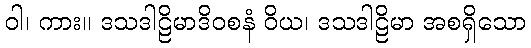
ဝါ၊ ကား။ ဒသဒါဠိမာဒိဝစနံ ဝိယ၊ ဒသဒါဠိမာ အစရှိသော